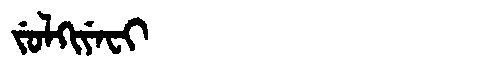
Manchu: ᠵᡠᠯᡴᡳᠶᡝᠸᡳ
Romanization: JULKIYEFI